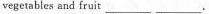
vegetables and fruit ___ ___.